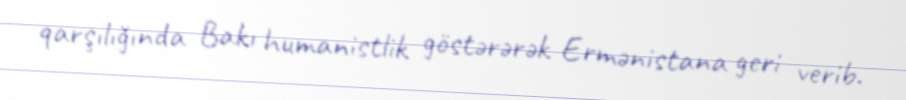
qarşılığında Bakı humanistlik göstərərək Ermənistana geri verib.